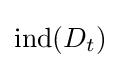
{\text{ind}}(D_{t})